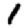
Digit: 1